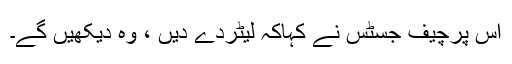
اس پرچیف جسٹس نے کہاکہ لیٹردے دیں ، وہ دیکھیں گے۔